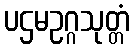
ပဌမဥဂ္ဂသုတ္တံ